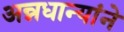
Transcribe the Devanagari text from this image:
अन्नधान्यांने